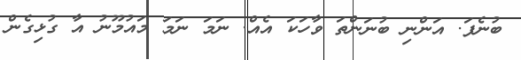
ބުނެފަ. އަންނި ބުނަންތަ ވާހަކަ އެއް. ނަމަ ނަމަ މައުމޫނު އާ ގުޅިގެން